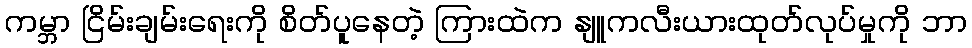
ကမ္ဘာ ငြိမ်းချမ်းရေးကို စိတ်ပူနေတဲ့ ကြားထဲက နျူကလီးယားထုတ်လုပ်မှုကို ဘာ